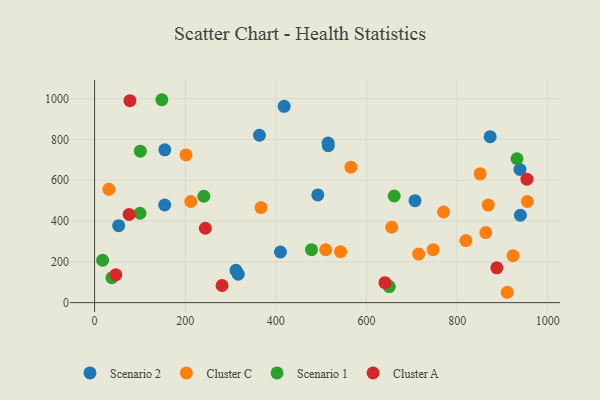
{"axis": {"x": "Engine Size", "y": "Sales"}, "legend": ["Cluster A", "Cluster C", "Scenario 1", "Scenario 2"], "data": [{"x": "492.5", "y": 528.4, "type": "Scenario 2"}, {"x": "939.6", "y": 428.5, "type": "Scenario 2"}, {"x": "154.7", "y": 478.7, "type": "Scenario 2"}, {"x": "707.0", "y": 500.2, "type": "Scenario 2"}, {"x": "515.6", "y": 769.7, "type": "Scenario 2"}, {"x": "418.3", "y": 962.6, "type": "Scenario 2"}, {"x": "154.9", "y": 749.3, "type": "Scenario 2"}, {"x": "53.1", "y": 377.4, "type": "Scenario 2"}, {"x": "363.8", "y": 820.8, "type": "Scenario 2"}, {"x": "872.9", "y": 814.1, "type": "Scenario 2"}, {"x": "410.1", "y": 248.4, "type": "Scenario 2"}, {"x": "317.0", "y": 139.6, "type": "Scenario 2"}, {"x": "312.0", "y": 158.5, "type": "Scenario 2"}, {"x": "515.2", "y": 782.5, "type": "Scenario 2"}, {"x": "938.6", "y": 653.3, "type": "Scenario 2"}, {"x": "923.4", "y": 230.2, "type": "Cluster C"}, {"x": "715.0", "y": 237.9, "type": "Cluster C"}, {"x": "819.3", "y": 304.4, "type": "Cluster C"}, {"x": "542.7", "y": 249.9, "type": "Cluster C"}, {"x": "868.6", "y": 478.5, "type": "Cluster C"}, {"x": "510.0", "y": 259.3, "type": "Cluster C"}, {"x": "565.6", "y": 664.1, "type": "Cluster C"}, {"x": "955.0", "y": 495.9, "type": "Cluster C"}, {"x": "863.2", "y": 343.5, "type": "Cluster C"}, {"x": "212.2", "y": 495.9, "type": "Cluster C"}, {"x": "910.6", "y": 50.8, "type": "Cluster C"}, {"x": "655.7", "y": 369.8, "type": "Cluster C"}, {"x": "31.5", "y": 555.6, "type": "Cluster C"}, {"x": "850.8", "y": 631.8, "type": "Cluster C"}, {"x": "769.9", "y": 444.5, "type": "Cluster C"}, {"x": "747.0", "y": 259.6, "type": "Cluster C"}, {"x": "367.1", "y": 466.1, "type": "Cluster C"}, {"x": "201.7", "y": 724.2, "type": "Cluster C"}, {"x": "661.1", "y": 522.9, "type": "Scenario 1"}, {"x": "148.4", "y": 995.1, "type": "Scenario 1"}, {"x": "932.1", "y": 705.6, "type": "Scenario 1"}, {"x": "478.6", "y": 259.5, "type": "Scenario 1"}, {"x": "100.9", "y": 742.6, "type": "Scenario 1"}, {"x": "241.0", "y": 521.7, "type": "Scenario 1"}, {"x": "100.1", "y": 438.4, "type": "Scenario 1"}, {"x": "38.2", "y": 122.1, "type": "Scenario 1"}, {"x": "17.7", "y": 207.8, "type": "Scenario 1"}, {"x": "650.3", "y": 78.7, "type": "Scenario 1"}, {"x": "77.9", "y": 990.3, "type": "Cluster A"}, {"x": "954.0", "y": 605.5, "type": "Cluster A"}, {"x": "46.8", "y": 136.7, "type": "Cluster A"}, {"x": "281.2", "y": 84.1, "type": "Cluster A"}, {"x": "640.7", "y": 97.7, "type": "Cluster A"}, {"x": "244.3", "y": 364.7, "type": "Cluster A"}, {"x": "76.2", "y": 432.7, "type": "Cluster A"}, {"x": "887.6", "y": 170.5, "type": "Cluster A"}]}